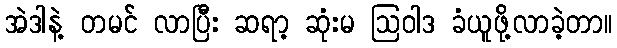
အဲဒါနဲ့ တမင် လာပြီး ဆရာ့ ဆုံးမ ဩဝါဒ ခံယူဖို့လာခဲ့တာ။